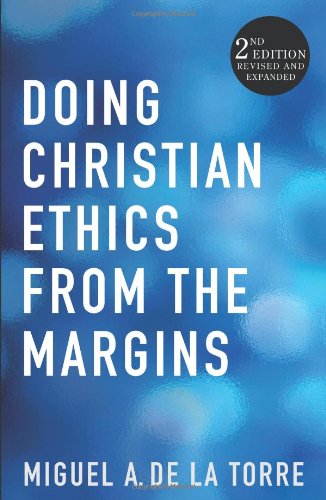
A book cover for Doing Christian Ethics from the Margins: 2nd Edition Revised and Expanded; Miguel A. De La Torre; Religion & Spirituality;